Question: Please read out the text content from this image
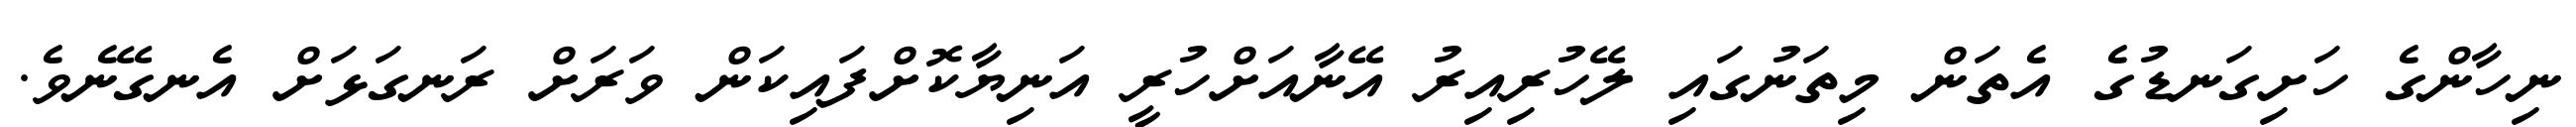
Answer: ނިހާންގެ ހަށިގަނޑުގެ އެތަން މިތަނުގައި ލޭހުރިއިރު އޭނާއަށްހުރީ އަނިޔާކޮށްފައިކަން ވަރަށް ރަނގަޅަށް އެނގޭނެވެ.